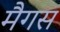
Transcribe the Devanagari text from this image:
मैगस